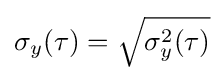
\sigma _{y}(\tau )={\sqrt {\sigma _{y}^{2}(\tau )}}